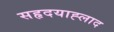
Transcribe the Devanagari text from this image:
सहृदयाह्लाद